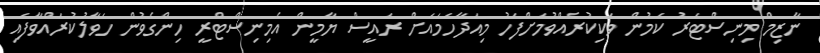
ނާޒިމް މިނިސްޓަރު ކަމުން ވަކިކުރެއްވުމަށްފަހު މިއަދާހަމައަށް ރައީސް ޔާމީން އެމިނިސްޓްރީ ހިންގެވުން ހަވާލުކުރައްވާފައި